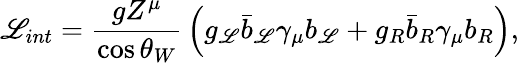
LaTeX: {\cal\mathscr{L}}_{int}={\frac{{gZ^{\mu}}}{{\cos\theta_{W}}}}\left(g_{\mathscr{L}}\bar{{b}}_{\mathscr{L}}\gamma_{\mu}b_{\mathscr{L}}+g_{R}\bar{{b}}_{R}\gamma_{\mu}b_{R}\right),